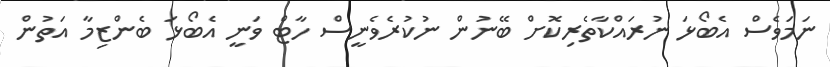
ނަމަވެސް އެބޯޅަ ނުރައްކާތެރިކޮށް ބޭނުން ނުކުރެވެނީސް ހާޓް ވަނީ އެބޯޅަ ބެންޒިމާ އަތުން